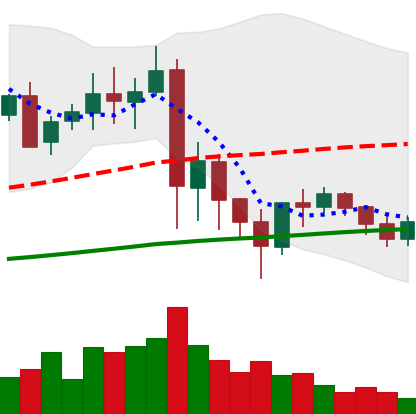
Ticker: XRP-USD
Chart end date: 2021-05-30
Forward return: 7.014%
Label: up_7plus